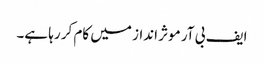
ایف بی آر موثر انداز میں کام کر رہا ہے۔